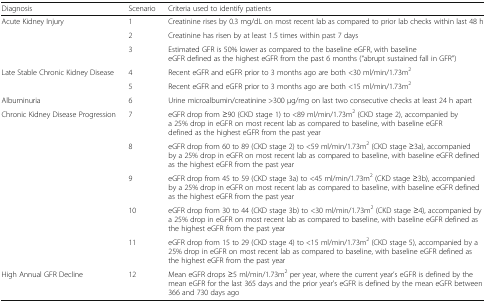
<table><thead><tr><td><b>Diagnosis</b></td><td><b>Scenario</b></td><td><b>Criteria used to identify patients</b></td></tr></thead><tbody><tr><td rowspan="3">Acute Kidney Injury</td><td>1</td><td>Creatinine rises by 0.3 mg/dL on most recent lab as compared to prior lab checks within last 48 h</td></tr><tr><td>2</td><td>Creatinine has risen by at least 1.5 times within past 7 days</td></tr><tr><td>3</td><td>Estimated GFR is 50% lower as compared to the baseline eGFR, with baseline eGFR defined as the highest eGFR from the past 6 months (“abrupt sustained fall in GFR”)</td></tr><tr><td rowspan="2">Late Stable Chronic Kidney Disease</td><td>4</td><td>Recent eGFR and eGFR prior to 3 months ago are both &lt;30 ml/min/1.73m<sup>2</sup></td></tr><tr><td>5</td><td>Recent eGFR and eGFR prior to 3 months ago are both &lt;15 ml/min/1.73m<sup>2</sup></td></tr><tr><td>Albuminuria</td><td>6</td><td>Urine microalbumin/creatinine &gt;300 μg/mg on last two consecutive checks at least 24 h apart</td></tr><tr><td rowspan="5">Chronic Kidney Disease Progression</td><td>7</td><td>eGFR drop from ≥90 (CKD stage 1) to &lt;89 ml/min/1.73m<sup>2</sup> (CKD stage 2), accompanied by a 25% drop in eGFR on most recent lab as compared to baseline, with baseline eGFR defined as the highest eGFR from the past year</td></tr><tr><td>8</td><td>eGFR drop from 60 to 89 (CKD stage 2) to &lt;59 ml/min/1.73m<sup>2</sup> (CKD stage ≥3a), accompanied by a 25% drop in eGFR on most recent lab as compared to baseline, with baseline eGFR defined as the highest eGFR from the past year</td></tr><tr><td>9</td><td>eGFR drop from 45 to 59 (CKD stage 3a) to &lt;45 ml/min/1.73m<sup>2</sup> (CKD stage ≥3b), accompanied by a 25% drop in eGFR on most recent lab as compared to baseline, with baseline eGFR defined as the highest eGFR from the past year</td></tr><tr><td>10</td><td>eGFR drop from 30 to 44 (CKD stage 3b) to &lt;30 ml/min/1.73m<sup>2</sup> (CKD stage ≥4), accompanied by a 25% drop in eGFR on most recent lab as compared to baseline, with baseline eGFR defined as the highest eGFR from the past year</td></tr><tr><td>11</td><td>eGFR drop from 15 to 29 (CKD stage 4) to &lt;15 ml/min/1.73m<sup>2</sup> (CKD stage 5), accompanied by a 25% drop in eGFR on most recent lab as compared to baseline, with baseline eGFR defined as the highest eGFR from the past year</td></tr><tr><td>High Annual GFR Decline</td><td>12</td><td>Mean eGFR drops ≥5 ml/min/1.73m<sup>2</sup> per year, where the current year’s eGFR is defined by the mean eGFR for the last 365 days and the prior year’s eGFR is defined by the mean eGFR between 366 and 730 days ago</td></tr></tbody></table>